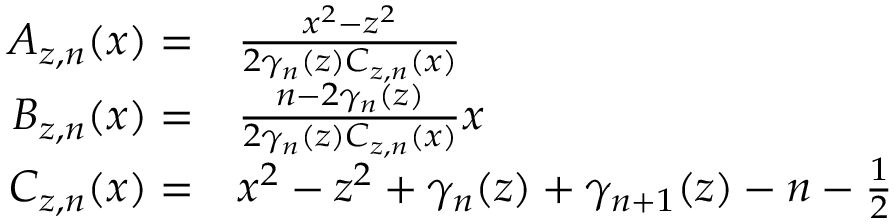
\begin{array} { r l } { A _ { z , n } ( x ) = } & { \frac { x ^ { 2 } - z ^ { 2 } } { 2 \gamma _ { n } ( z ) C _ { z , n } ( x ) } } \\ { B _ { z , n } ( x ) = } & { \frac { n - 2 \gamma _ { n } ( z ) } { 2 \gamma _ { n } ( z ) C _ { z , n } ( x ) } x } \\ { C _ { z , n } ( x ) = } & { x ^ { 2 } - z ^ { 2 } + \gamma _ { n } ( z ) + \gamma _ { n + 1 } ( z ) - n - \frac { 1 } { 2 } } \end{array}